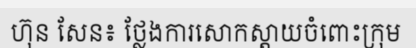
ហ៊ុន សែន៖ ថ្លែងការសោកស្តាយចំពោះក្រុម